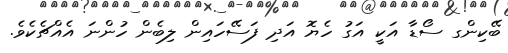
ބޭކިންގ ސޯޑާ އަކީ އަގު ހެޔޮ އަދި ފަސޭހައިން ލިބެން ހުންނަ އެއްޗެކެވެ.